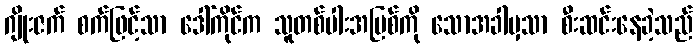
ဂျိုးဇက် စက်ဖြင့်သာ ဒေါ်ကိုင်က သူတစ်ပါးအပြစ်ကို သောအခါမှသာ စီးဆင်းနေခဲ့သည်